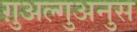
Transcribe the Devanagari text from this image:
ग़ुअल्गुअनुस